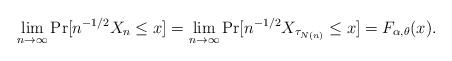
LaTeX: \begin{align*} \lim_{n \to \infty} \Pr [ n^{-1/2} X_n \leq x ] = \lim_{n \to \infty} \Pr [ n^{-1/2} X_{\tau_{N(n)}} \leq x ] = F_{\alpha, \theta} (x) .\end{align*}